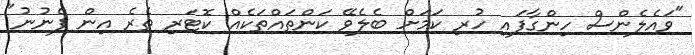
"ވައެލެންސް ހިންގާފައި ހުރި ކަމަށް ބެލެވޭ ކަންތައްތަކެއް ކޮޓަރި ތެރެ އިން ފެނުނު"